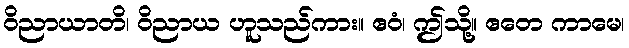
ဝိညာယာတိ၊ ဝိညာယ ဟူသည်ကား။ ဧဝံ၊ ဤသို့။ ဧတေ ကာမေ၊